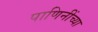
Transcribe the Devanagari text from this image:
पाणिनींच्या